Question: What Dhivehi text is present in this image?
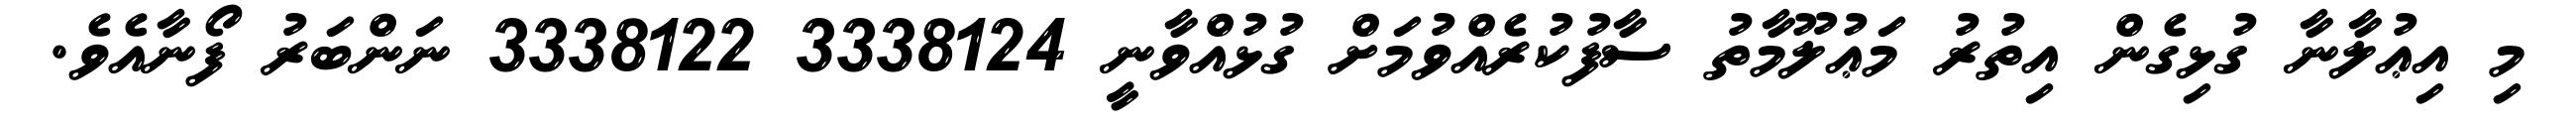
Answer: މި އިޢުލާނާ ގުޅިގެން އިތުރު މަޢުލޫމާތު ސާފުކުރެއްވުމަށް ގުޅުއްވާނީ 3338124 3338122 ނަންބަރު ފޯނާއެވެ.